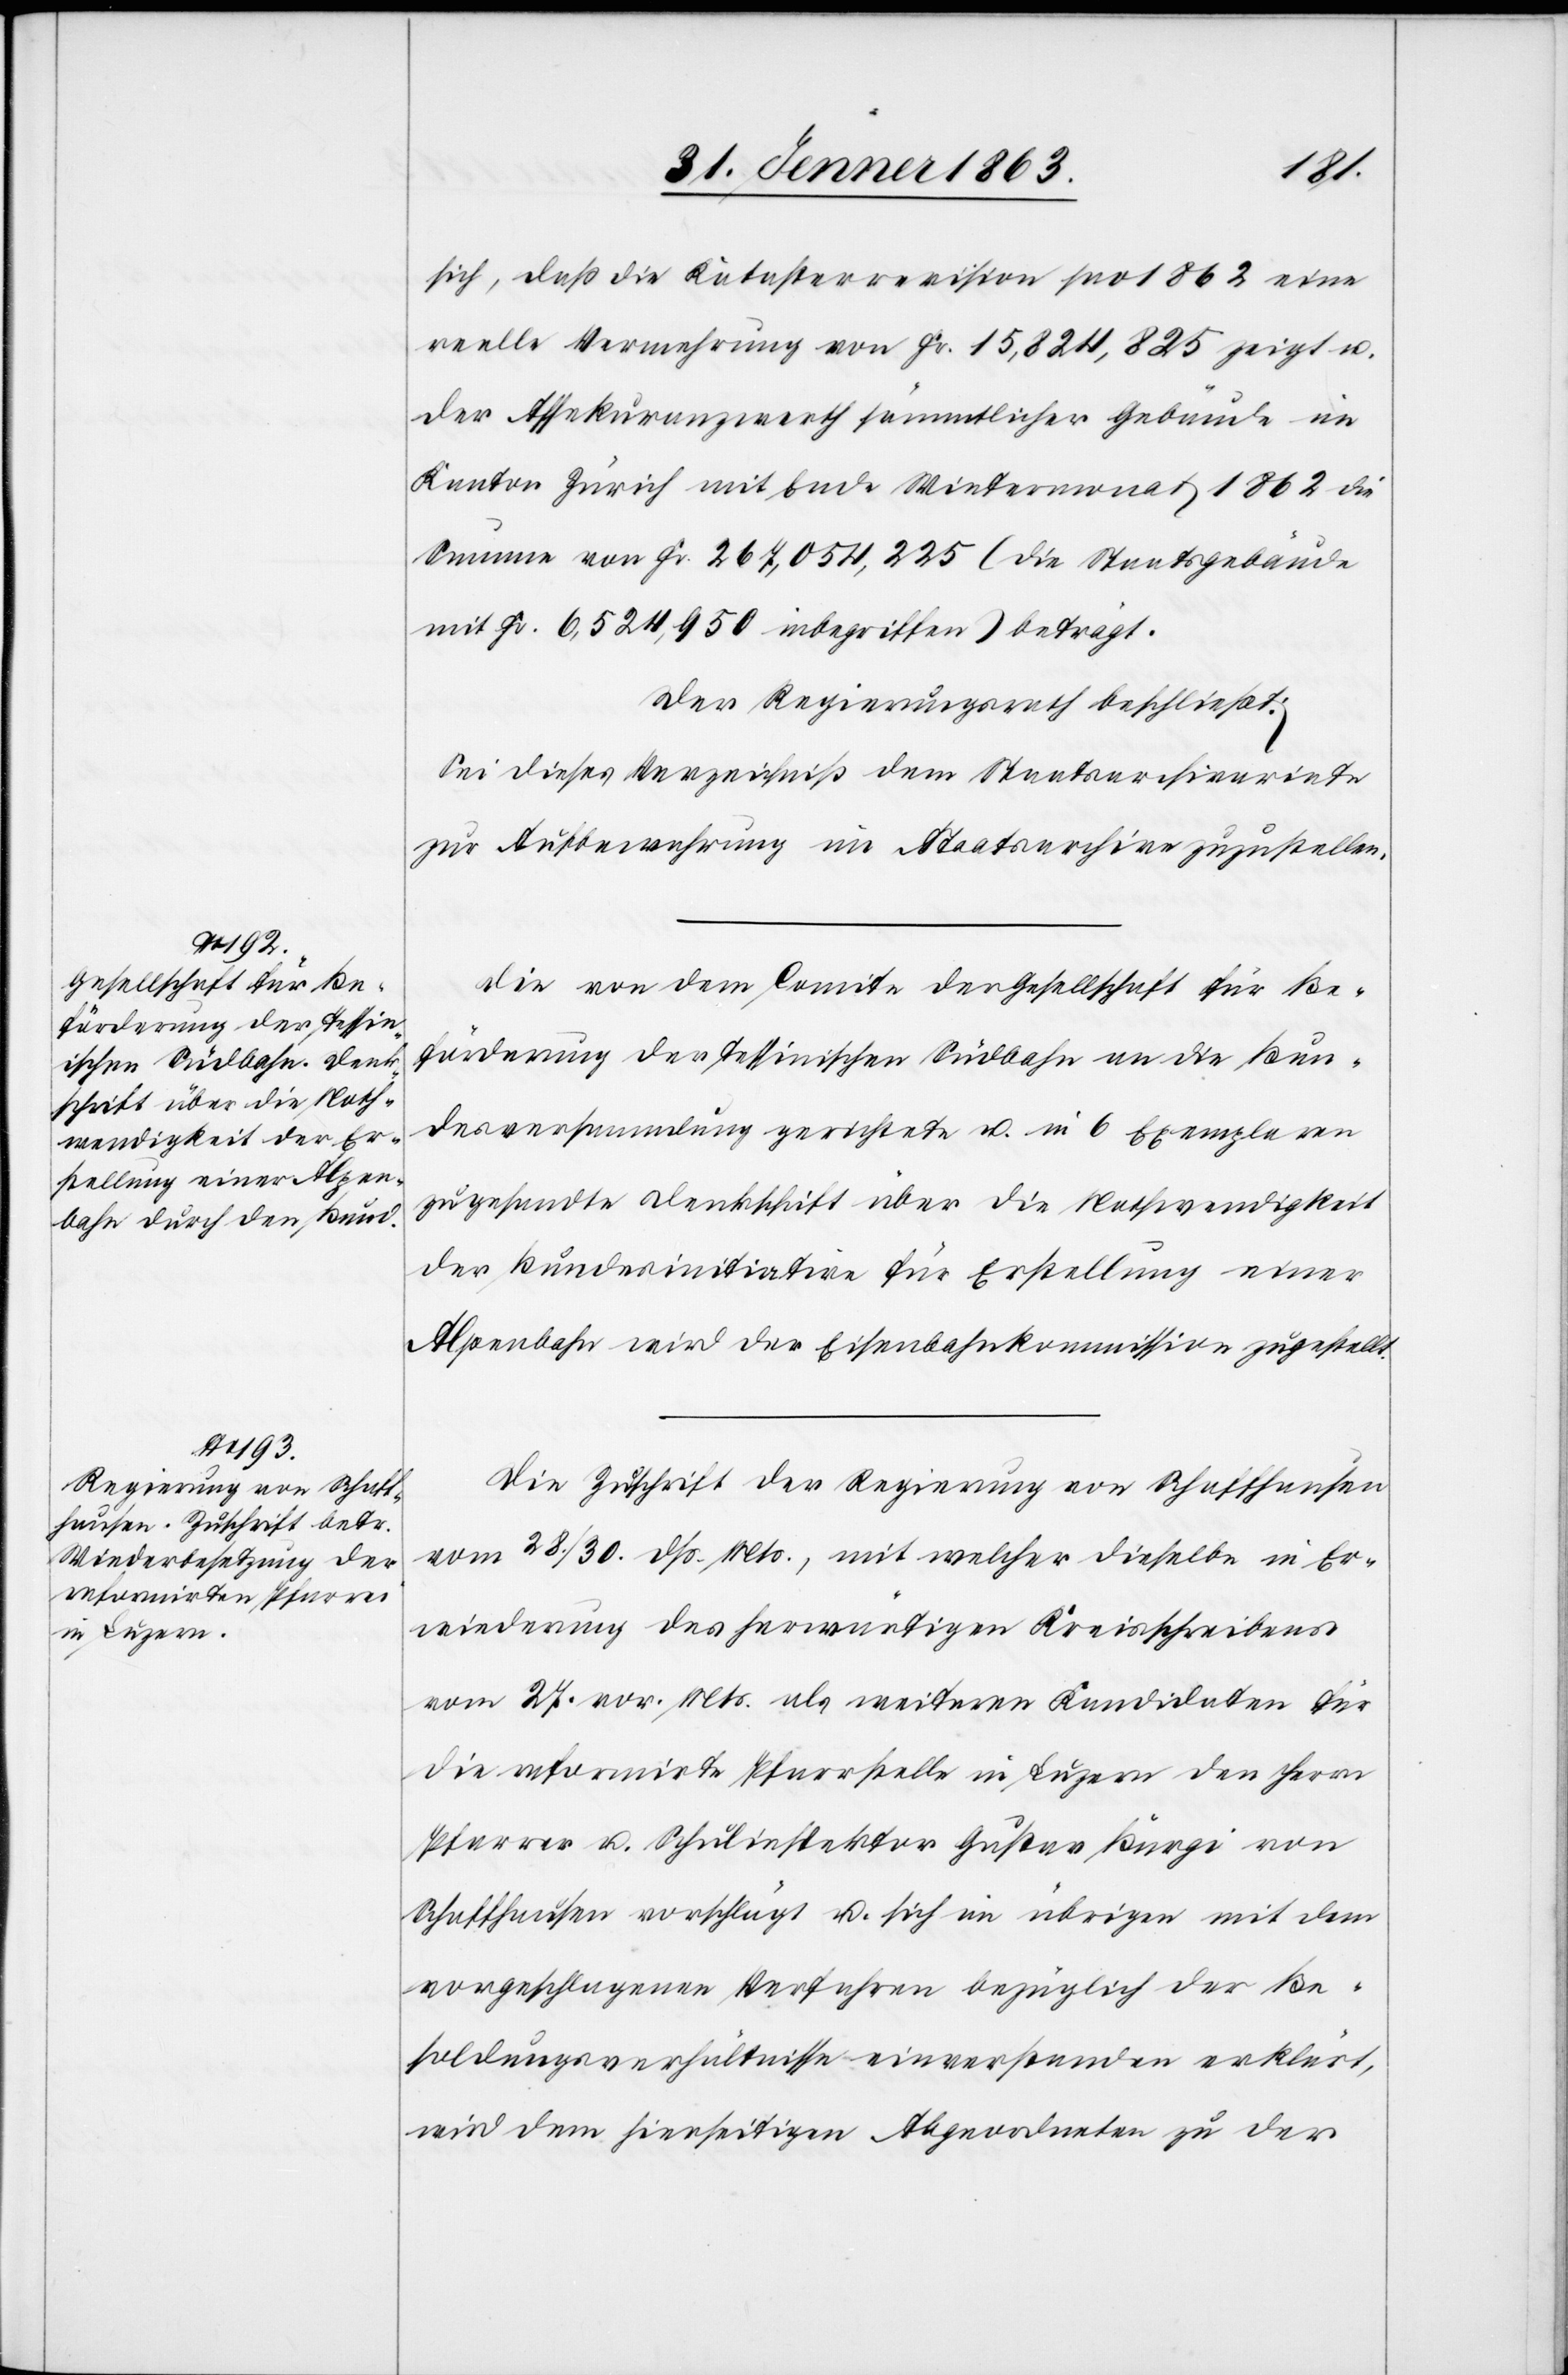
sich, daß die Katasterrevision pro 1862 eine
reelle Vermehrung von Fr. 15,824,825 zeigt u.
der Assekuranzwerth sämmtlicher Gebäude im
Kanton Zürich mit Ende Wintermonat 1862 die
Summe von Fr. 267,054,225 (die Staatsgebäude
mit Fr. 6,524,950 inbegriffen) beträgt.
Der Regierungsrath beschließt:
Sei dieses Verzeichniß dem Staatsarchivariate
zur Aufbewahrung im Staatsarchive zuzustellen.
Die von dem Comite der Gesellschaft für Be¬
förderung der tessinischen Südbahn an die Bun¬
desversammlung gerichtete u. in 6 Exemplaren
zugesandte Denkschrift über die Nothwendigkeit
der Bundesinitiative für Erstellung einer
Alpenbahn wird der Eisenbahnkommission zugestellt.
Die Zuschrift der Regierung von Schaffhausen
vom 28./30. dß. Mts., mit welcher dieselbe in Er¬
wiederung des herwärtigen Kreisschreibens
vom 27. vor. Mts. als weiteren Kandidaten für
die reformirte Pfarrstelle in Luzern den Herrn
Pfarrer u. Schulinspektor Gustav Bürgi von
Schaffhausen vorschlägt u. sich im übrigen mit dem
vorgeschlagenen Verfahren bezüglich der Be¬
soldungsverhältnisse einverstanden erklärt,
wird dem hierseitigen Abgeordneten zu der